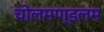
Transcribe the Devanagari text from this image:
चोलमण्डलम